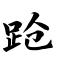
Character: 跄